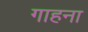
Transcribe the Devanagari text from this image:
गाहना